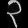
Digit: ၃